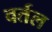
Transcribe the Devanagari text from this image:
वर्तल